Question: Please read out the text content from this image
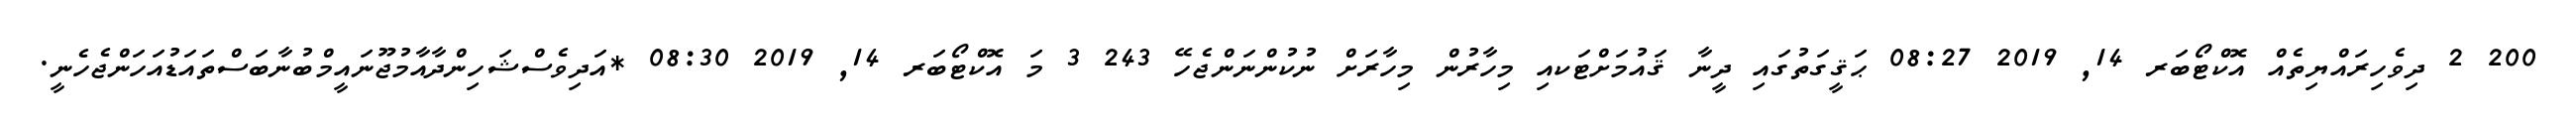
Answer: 200 2 ދިވެހިރައްޔިތެއް އޮކްޓޯބަރ 14, 2019 08:27 ޙަޤީގަތުގައި ދީނާ ޤައުމަށްޓަކއި މިހާރުން މިހާރަށް ނުކުންނަންޖެހޭ 243 3 މަ އޮކްޓޯބަރ 14, 2019 08:30 *އަދިވެސްޝަހިންދާއާމުޖޫނައީމްބުނާބަސްތައަޑުއަހަންޖެހެނީ.